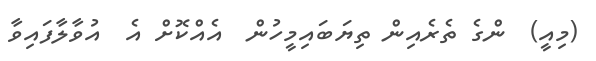
(މިއީ)  ންގެ ތެރެއިން ތިޔަބައިމީހުން  އެއްކޮށް އެ  އުވާލާފައިވާ